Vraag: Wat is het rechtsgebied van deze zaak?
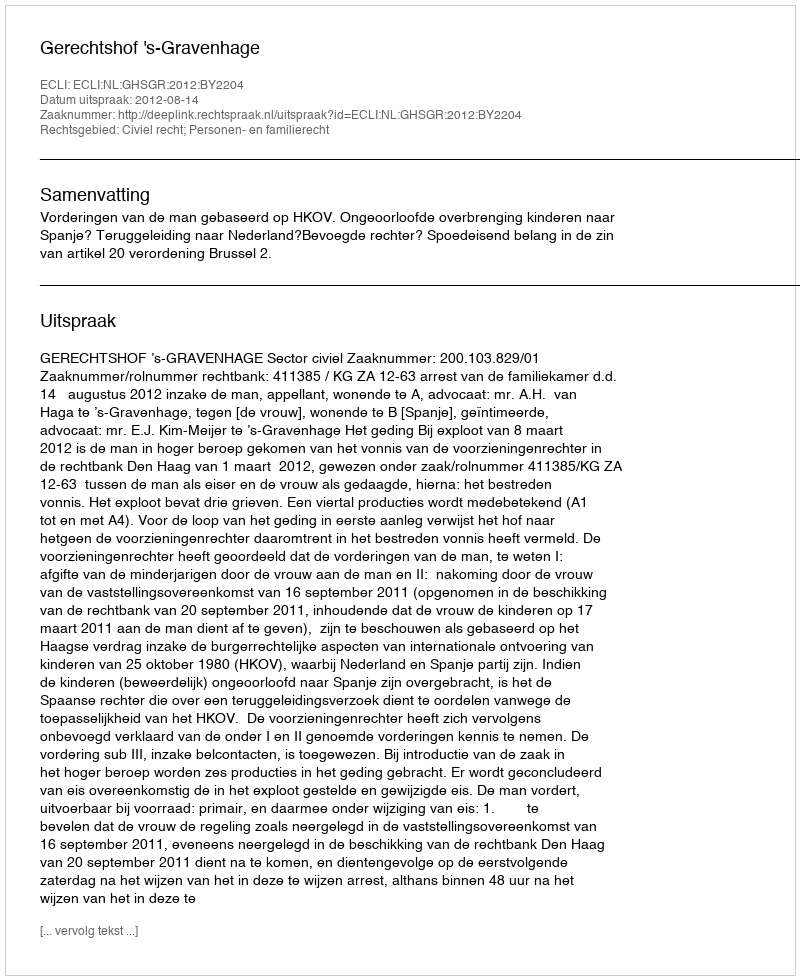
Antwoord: Civiel recht; Personen- en familierecht